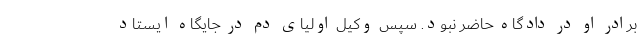
برادر او در دادگاه حاضر نبود. سپس وکیل اولیای دم در جایگاه ایستاد